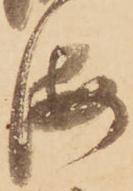
海